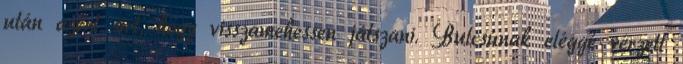
után azért sírt, hogy visszamehessen játszani. Bulcsúnak eléggé vérzett